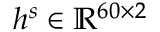
h ^ { s } \in \mathbb { R } ^ { 6 0 \times 2 }